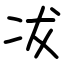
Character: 冹